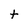
Character: t